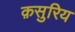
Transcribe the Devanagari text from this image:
क़सुरिय